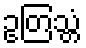
ဥတြသ္တံ